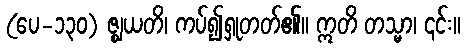
(ပေ-၁၃၀) ဇ္ဈယတိ၊ ကပ်၍ရှုတတ်၏။ ဣတိ တသ္မာ၊ ၎င်း။